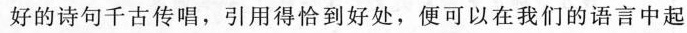
好的诗句千古传唱，引用得恰到好处，便可以在我们的语言中起